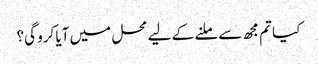
کیا تم مجھ سے ملنے کے لیے محل میں آیا کرو گی؟